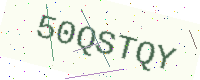
Text: 50QSTQY